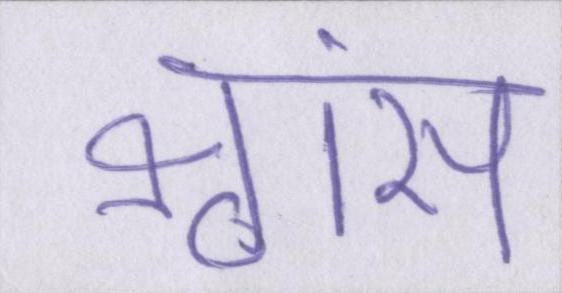
श्वांस